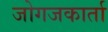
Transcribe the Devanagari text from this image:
जोगजकार्ता